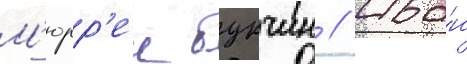
М'юрр'еи букчин // Ива́н